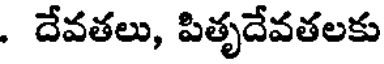
. దేవతలు, పితృదేవతలకు